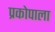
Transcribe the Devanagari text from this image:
प्रकोपाला